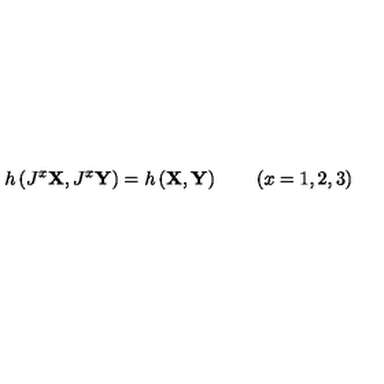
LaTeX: h \left( J ^ { x } \mathrm { \bf X } , J ^ { x } \mathrm { \bf Y } \right) = h \left( \mathrm { \bf X } , \mathrm { \bf Y } \right) \quad \quad ( x = 1 , 2 , 3 )